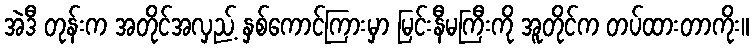
အဲဒီ တုန်းက အတိုင်အလှည့် နှစ်ကောင်ကြားမှာ မြင်းနီမကြီးကို အူတိုင်က တပ်ထားတာကိုး။